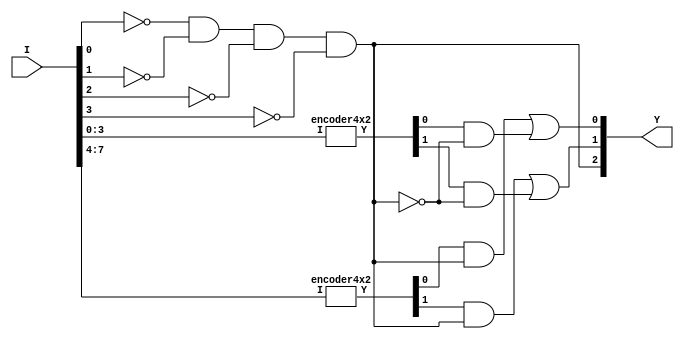
`timescale 1ns / 1ns

// it is implemented using two 4:2 priority encoder

module encoder8x3(output [2:0] Y, input [7:0] I);
  wire [1:0] out0;
  wire [1:0] out1; // output ports for 4:2 encoders
  
  encoder4x2 en0(out0, I[3:0]);
  encoder4x2 en1(out1, I[7:4]);

  assign Y[2] = (~I[0])&(~I[1])&(~I[2])&(~I[3]);

  assign Y[0] = (out1[0]&Y[2]) | (out0[0]&(~Y[2]));
  assign Y[1] = (out1[1]&Y[2]) | (out0[1]&(~Y[2]));
  

endmodule




module encoder4x2(output [1:0] Y, input [3:0] I);
  wire I0bar, I1bar, I2bar ;
  wire out;

  not g0(I0bar, I[0]);
  not g1(I1bar, I[1]);
  not g2(I2bar, I[2]);
  and g3(Y[1], I0bar, I1bar);
  or g4(out, I2bar, I[1]);
  and g5(Y[0], I0bar, out);

endmodule